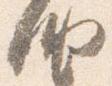
納